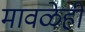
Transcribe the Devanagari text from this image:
मावळेही